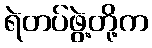
ရဲတပ်ဖွဲ့တို့က